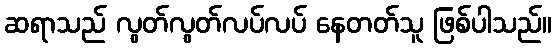
ဆရာသည် လွတ်လွတ်လပ်လပ် နေတတ်သူ ဖြစ်ပါသည်။